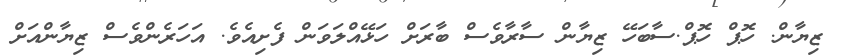
ޒިޔާން. ހޮޕް ހޮޕް.ސާބަހޭ ޒިޔާން ސާރާވެސް ބާރަށް ހަޅޭއްލަވަން ފެށިއެވެ. އަހަރެންވެސް ޒިޔާންއަށް